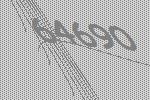
64690